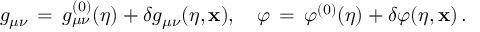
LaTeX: g _ { \mu \nu } \, = \, g _ { \mu \nu } ^ { ( 0 ) } ( \eta ) + \delta g _ { \mu \nu } ( \eta , { \bf x } ) , \quad \varphi \, = \, \varphi ^ { ( 0 ) } ( \eta ) + \delta \varphi ( \eta , { \bf x } ) \, .